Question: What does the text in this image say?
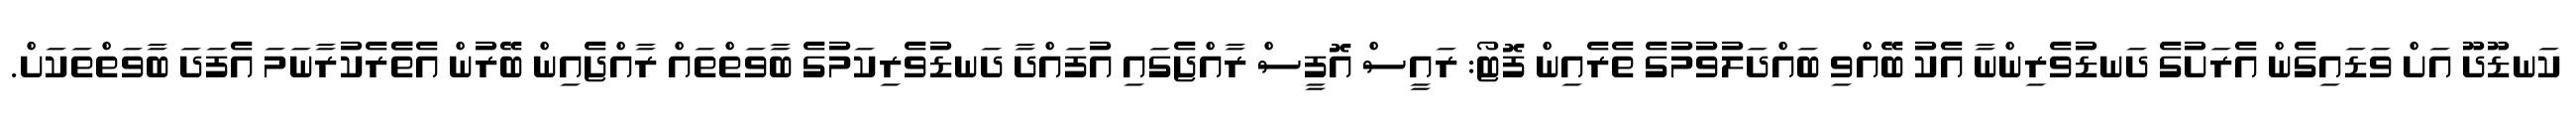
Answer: ކަނޑޫދޫ އަށް ވަޑައިގެން އެރަށުގެ ދަނޑުވެރިންނާ އެކު ބޭއްވި ބައްދަލުވުމުގެ ތެރެއިން ފޮޓޯ: ރައީސް އޮފީސް ރާއްޖެގައި އުފައްދާ ދަނޑުވެރިކަމުގެ ބާވަތްތައް ރާއްޖެއިން ބޭރުން އެތެެރެކުރާނަމަ އެފަދަ ބާވަތްތަކަށް.